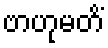
ဗာဟုမတိံ